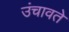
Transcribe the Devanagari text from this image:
उंचावते